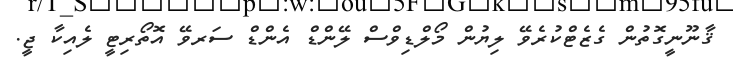
ޤާނޫނީގޮތުން ގެޒެޓްކުރެވޭ ލިޔުން މޯލްޑިވްސް ލޭންޑް އެންޑް ސަރވޭ އޮތޯރިޓީ ލެއިކާ ޖީ.